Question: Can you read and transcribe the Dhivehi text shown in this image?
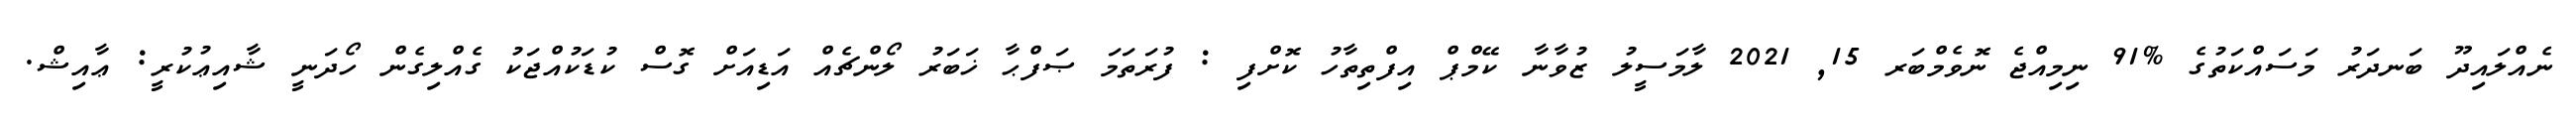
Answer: ނެއްލައިދޫ ބަނދަރު މަސައްކަތުގެ %91 ނިމިއްޖެ ނޮވެމްބަރ 15, 2021 ލާމަސީލު ޒުވާނާ ކޭމްޕް އިފްތިތާހު ކޮށްފި : ފުރަތަމަ ޞަފްޙާ ޚަބަރު ލޯންޗެއް އަޑިއަށް ގޮސް ކުޑަކުއްޖަކު ގެއްލިގެން ހޯދަނީ ޝާއިޢުކުރީ: ޢާއިޝް.